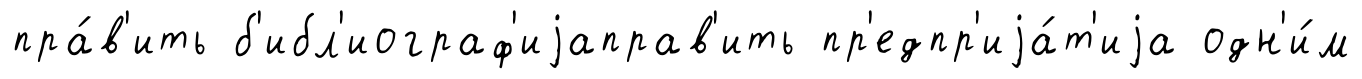
пра́в'ить б'ибл'иограф'иjаправ'ить пр'едпр'иjа́т'иjа одн'и́м